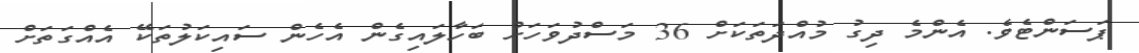
ޕަސަންޓެވެ. އެންމެ ދިގު މުއްދަތަކަށް 36 މަސްދުވަހަށް ބަހާލައިގެން އެހެން ސައިކަލުތަކޭ އެއްގަތަށް